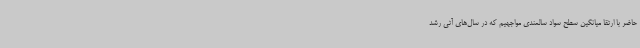
حاضر با ارتقا میانگین سطح سواد سالمندی مواجهیم که در سال‌های آتی رشد